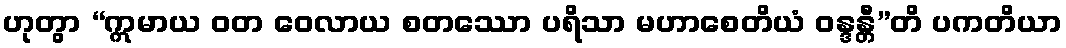
ဟုတွာ “ဣမာယ ဝတ ဝေလာယ စတဿော ပရိသာ မဟာစေတိယံ ဝန္ဒန္တီ”တိ ပကတိယာ